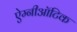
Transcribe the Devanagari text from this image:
ऐम्नीऑटिक